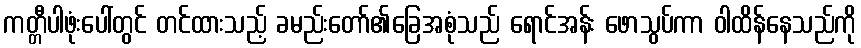
ကတ္တီပါဖုံးပေါ်တွင် တင်ထားသည့် ခမည်းတော်၏ခြေအစုံသည် ရောင်အန်း ဖောသွပ်ကာ ဝါထိန်နေသည်ကို